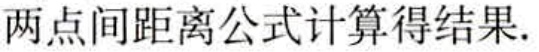
两点间距离公式计算得结果.